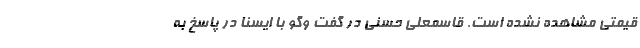
قیمتی مشاهده نشده است. قاسمعلی حسنی در گفت وگو با ایسنا در پاسخ به